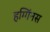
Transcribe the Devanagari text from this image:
हग्गिंनस